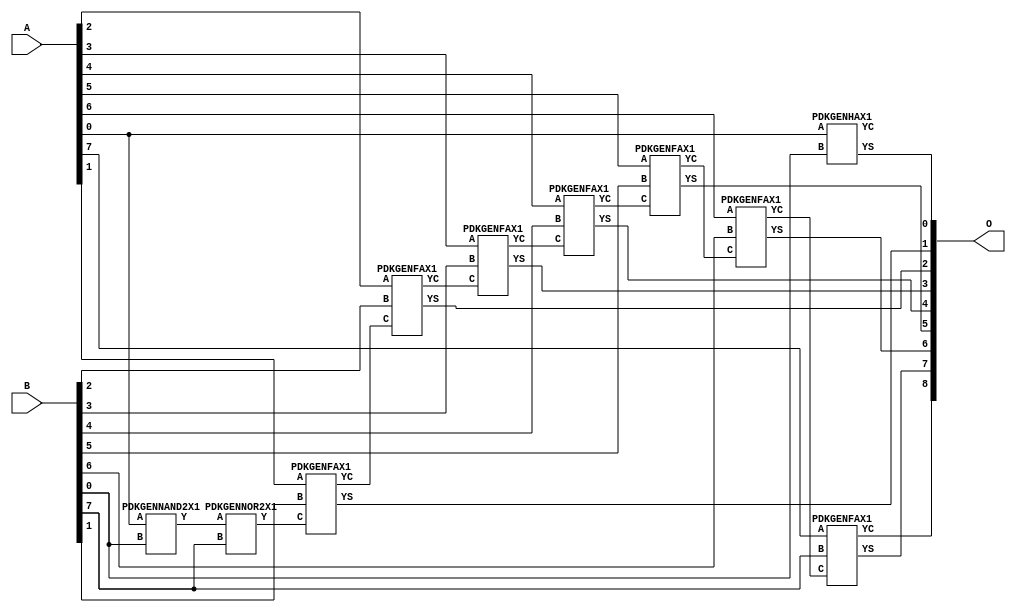
// Library = EvoApprox8b
// Circuit = add8_361
// Area   (180) = 968
// Delay  (180) = 1.720
// Power  (180) = 339.30
// Area   (45) = 71
// Delay  (45) = 0.630
// Power  (45) = 32.82
// Nodes = 10
// HD = 16320
// MAE = 0.25000
// MSE = 0.50000
// MRE = 0.08 %
// WCE = 2
// WCRE = 2 %
// EP = 12.5 %

module add8_361(A, B, O);
  input [7:0] A;
  input [7:0] B;
  output [8:0] O;
  wire [2031:0] N;

  assign N[0] = A[0];
  assign N[1] = A[0];
  assign N[2] = A[1];
  assign N[3] = A[1];
  assign N[4] = A[2];
  assign N[5] = A[2];
  assign N[6] = A[3];
  assign N[7] = A[3];
  assign N[8] = A[4];
  assign N[9] = A[4];
  assign N[10] = A[5];
  assign N[11] = A[5];
  assign N[12] = A[6];
  assign N[13] = A[6];
  assign N[14] = A[7];
  assign N[15] = A[7];
  assign N[16] = B[0];
  assign N[17] = B[0];
  assign N[18] = B[1];
  assign N[19] = B[1];
  assign N[20] = B[2];
  assign N[21] = B[2];
  assign N[22] = B[3];
  assign N[23] = B[3];
  assign N[24] = B[4];
  assign N[25] = B[4];
  assign N[26] = B[5];
  assign N[27] = B[5];
  assign N[28] = B[6];
  assign N[29] = B[6];
  assign N[30] = B[7];
  assign N[31] = B[7];

  PDKGENNAND2X1 n34(.A(N[0]), .B(N[16]), .Y(N[34]));
  assign N[35] = N[34];
  PDKGENNOR2X1 n56(.A(N[35]), .B(N[30]), .Y(N[56]));
  PDKGENHAX1 n76(.A(N[0]), .B(N[16]), .YS(N[76]), .YC(N[77]));
  PDKGENFAX1 n82(.A(N[2]), .B(N[18]), .C(N[56]), .YS(N[82]), .YC(N[83]));
  PDKGENFAX1 n132(.A(N[4]), .B(N[20]), .C(N[83]), .YS(N[132]), .YC(N[133]));
  PDKGENFAX1 n182(.A(N[6]), .B(N[22]), .C(N[133]), .YS(N[182]), .YC(N[183]));
  PDKGENFAX1 n232(.A(N[8]), .B(N[24]), .C(N[183]), .YS(N[232]), .YC(N[233]));
  PDKGENFAX1 n282(.A(N[10]), .B(N[26]), .C(N[233]), .YS(N[282]), .YC(N[283]));
  PDKGENFAX1 n332(.A(N[12]), .B(N[28]), .C(N[283]), .YS(N[332]), .YC(N[333]));
  PDKGENFAX1 n382(.A(N[14]), .B(N[30]), .C(N[333]), .YS(N[382]), .YC(N[383]));

  assign O[0] = N[76];
  assign O[1] = N[82];
  assign O[2] = N[132];
  assign O[3] = N[182];
  assign O[4] = N[232];
  assign O[5] = N[282];
  assign O[6] = N[332];
  assign O[7] = N[382];
  assign O[8] = N[383];

endmodule
/* mod */
module PDKGENHAX1( input A, input B, output YS, output YC );
    assign YS = A ^ B;
    assign YC = A & B;
endmodule
/* mod */
module PDKGENNOR2X1(input A, input B, output Y );
     assign Y = ~(A | B);
endmodule
/* mod */
module PDKGENFAX1( input A, input B, input C, output YS, output YC );
    assign YS = (A ^ B) ^ C;
    assign YC = (A & B) | (B & C) | (A & C);
endmodule
/* mod */
module PDKGENNAND2X1(input A, input B, output Y );
     assign Y = ~(A & B);
endmodule